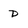
Character: D